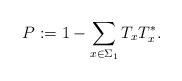
\begin{align*}P:=1-\sum_{x\in \Sigma_1} T_xT_x^*.\end{align*}